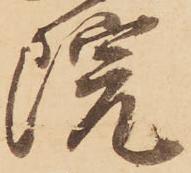
院